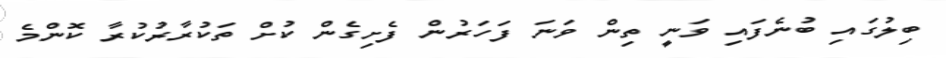
ބިލުގައި ބުނެފައި ވަނީ ތިން ވަނަ ފަހަރުން ފެށިގެން ކުށް ތަކުރާރުކުރާ ކޮންމެ